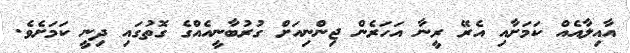
އާއިލާއެއް ކަމަށާއި އެރޭ ރީނާ އަހަރެން ޖިންނިއަށް ގުރުބާނީއެއްގެ ގޮތުގައި ދިނީ ކަމަށެވެ.